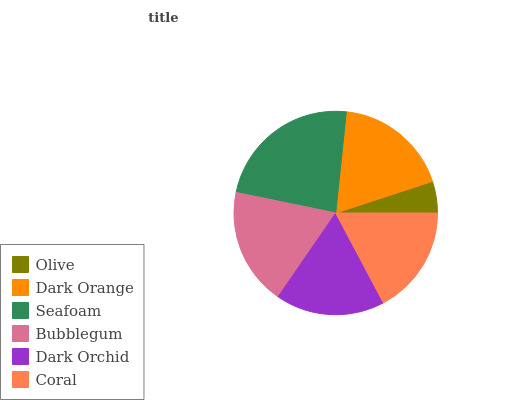
| Olive | Dark Orange | Seafoam | Bubblegum | Dark Orchid | Coral |
 | --- | --- | --- | --- | --- | --- |
 | 5.04% | 18.3% | 23.4% | 18.6% | 17.4% | 17.2% |